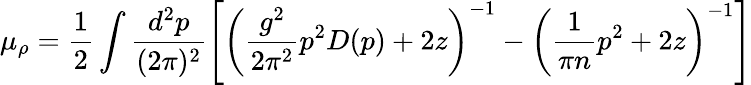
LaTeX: \mu_{\rho}=\frac{1}{2}\int\frac{d^{2}p}{(2\pi)^{2}}\left[\left(\frac{g^{2}}{2\pi^{2}}p^{2}D(p)+2z\right)^{-1}-\left(\frac{1}{\pi n}p^{2}+2z\right)^{-1}\right]